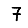
Digit: 7